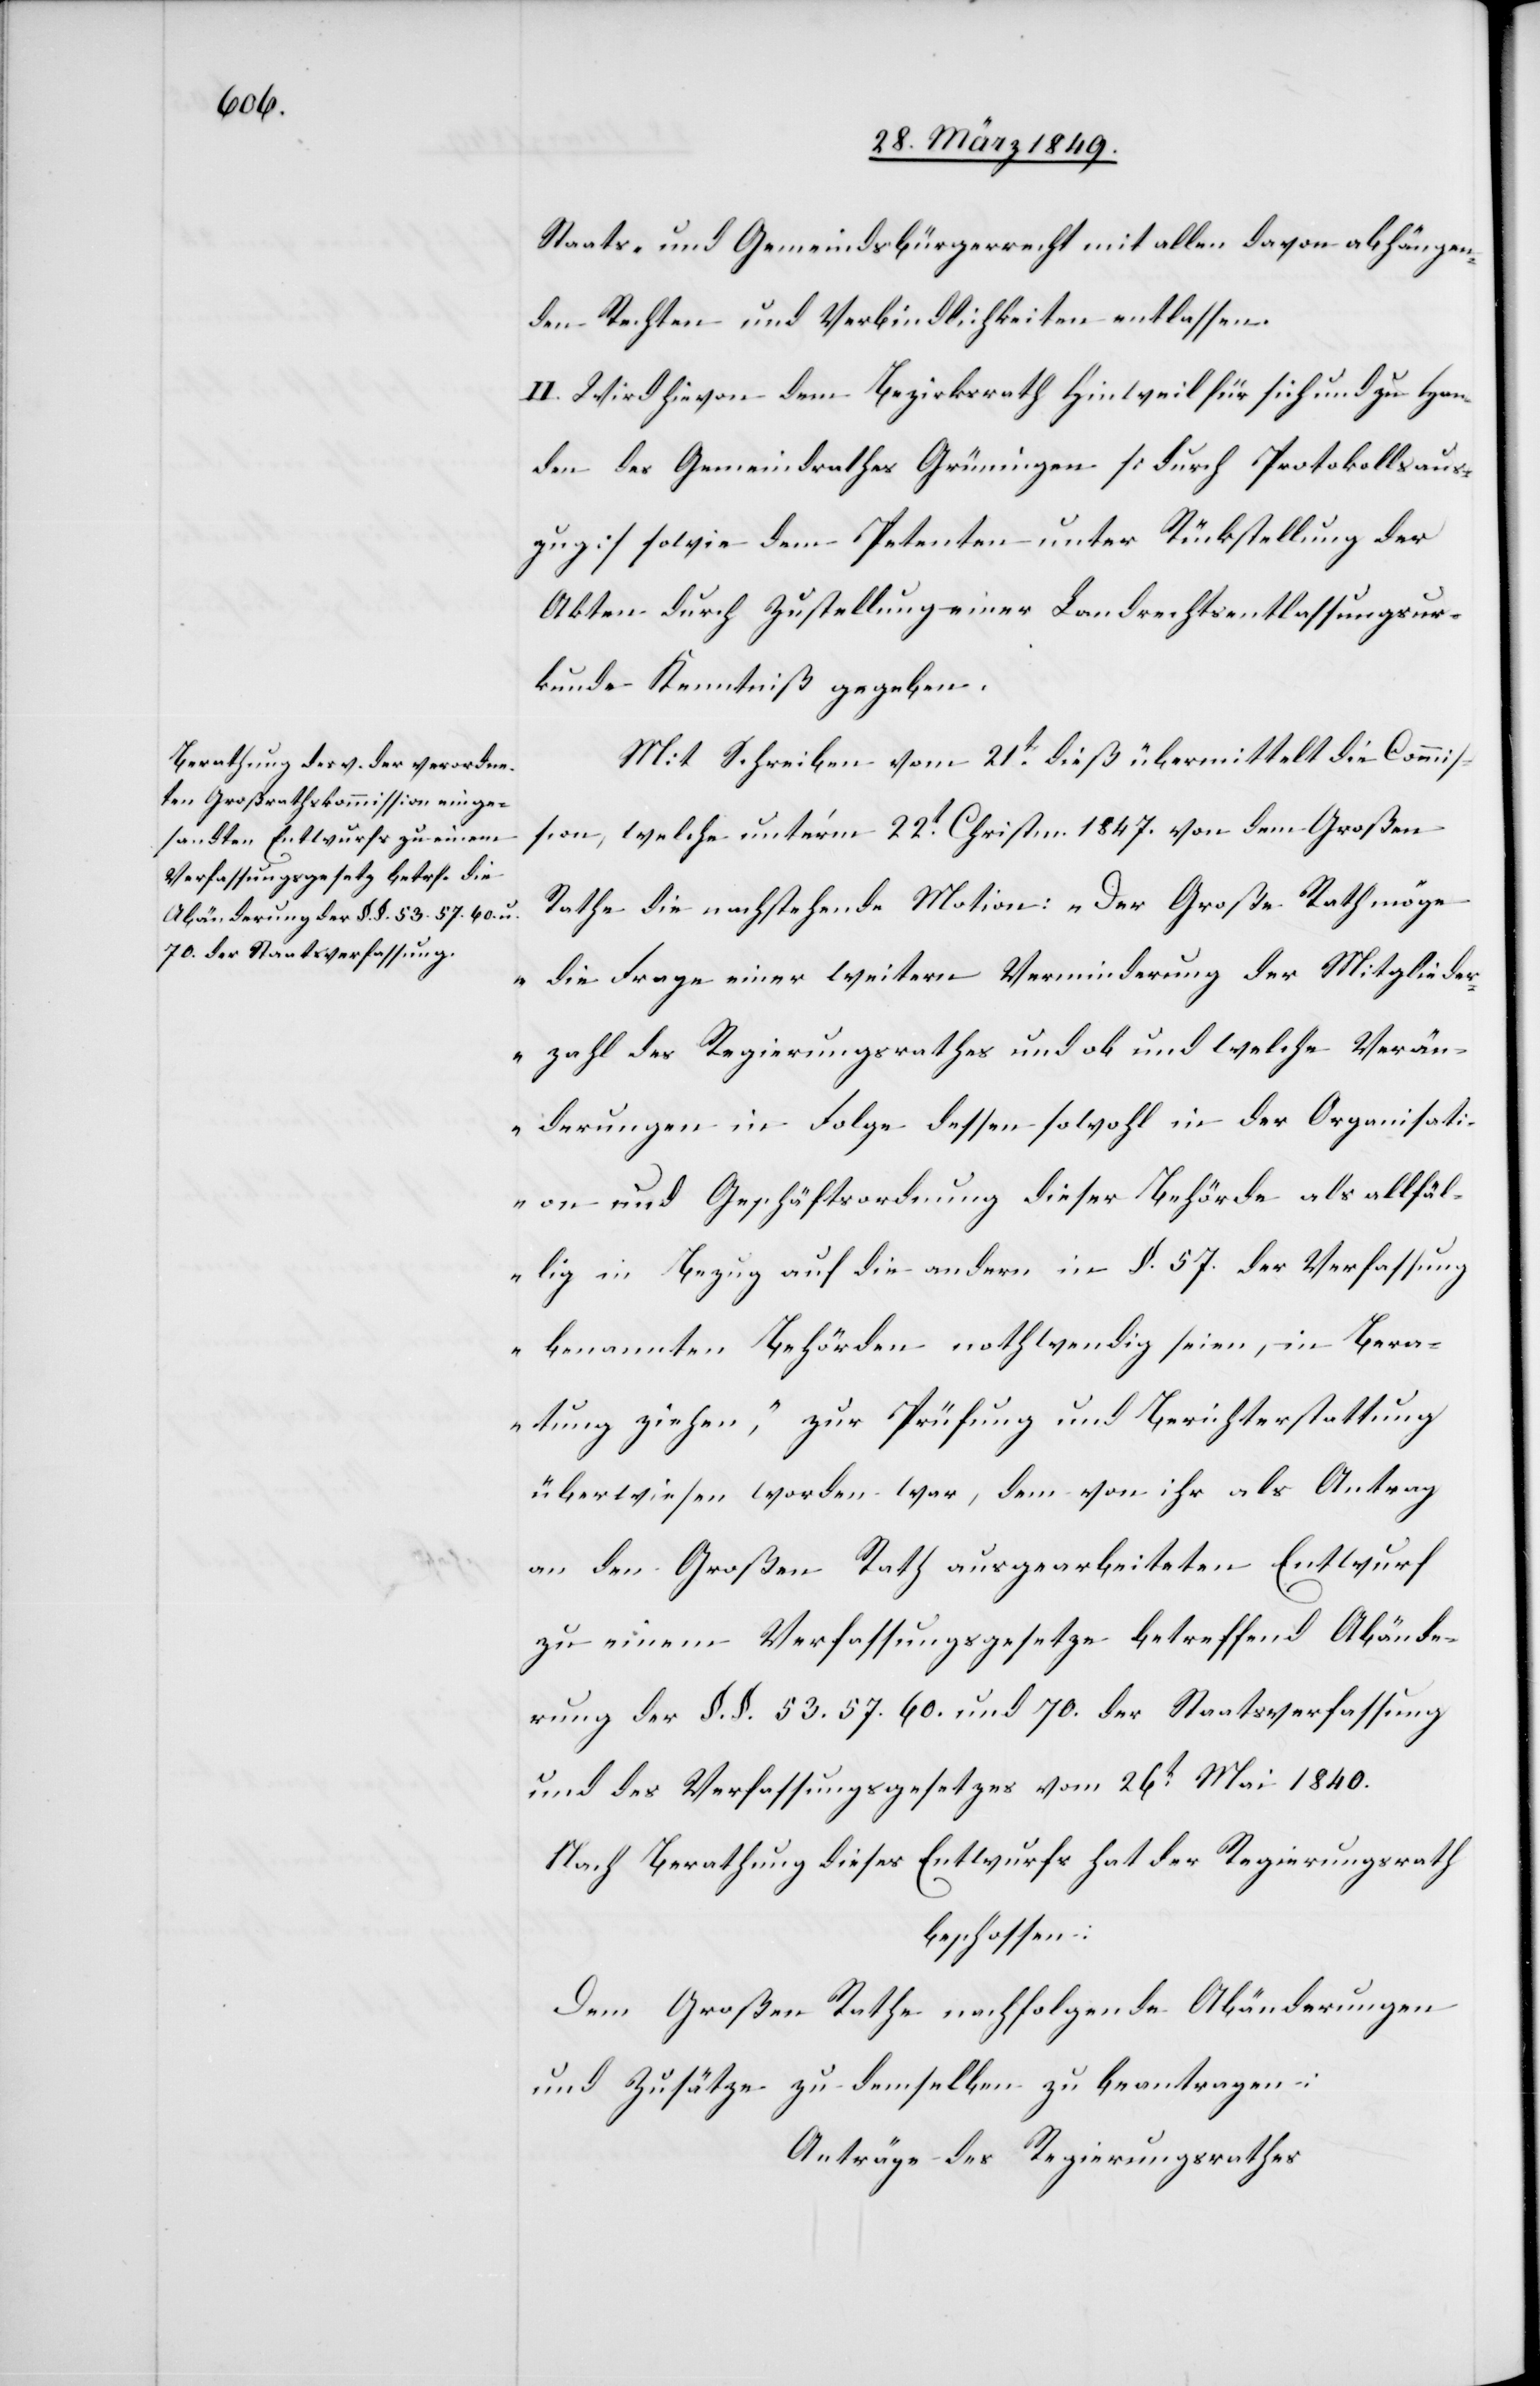
Staats- und Gemeindsbürgerrecht mit allen davon abhängen¬
den Rechten und Verbindlichkeiten entlassen.
II. Wird hievon dem Bezirksrath Hinweil für sich und zu Han¬
den des Gemeindrathes Grüningen [durch Protokollsaus¬
zug] sowie dem Petenten unter Rückstellung der
Akten durch Zustellung einer Landrechtsentlassungsur¬
kunde Kenntniß gegeben.
Mit Schreiben vom 21t. dieß übermittelt die Commis¬
sion, welche unter’m 22t. Christm. 1847. von dem Großen
Rathe die nachstehende Motion: „Der Große Rath möge
die Frage einer weitern Verminderung der Mitglieder¬
zahl des Regierungsrathes und ob und welche Verän¬
derungen in Folge dessen sowohl in der Organisati¬
on und Geschäftsordnung dieser Behörde als allfäl¬
lig in Bezug auf die andern in §. 57. der Verfassung
benannten Behörden nothwendig seien, in Bera¬
thung ziehen,“ zur Prüfung und Berichterstattung
überwiesen worden war, dem von ihr als Antrag
an den Großen Rath ausgearbeiteten Entwurf
zu einem Verfassungsgesetze betreffend Abände¬
rung der §. §. 53. 57. 60. und 70. der Staatsverfassung
und des Verfassungsgesetzes vom 26t. Mai 1840.
Nach Berathung dieses Entwurfs hat der Regierungsrath
beschlossen:
Dem Großen Rathe nachfolgende Abänderungen
und Zusätze zu demselben zu beantragen:
Anträge des Regierungsrathes